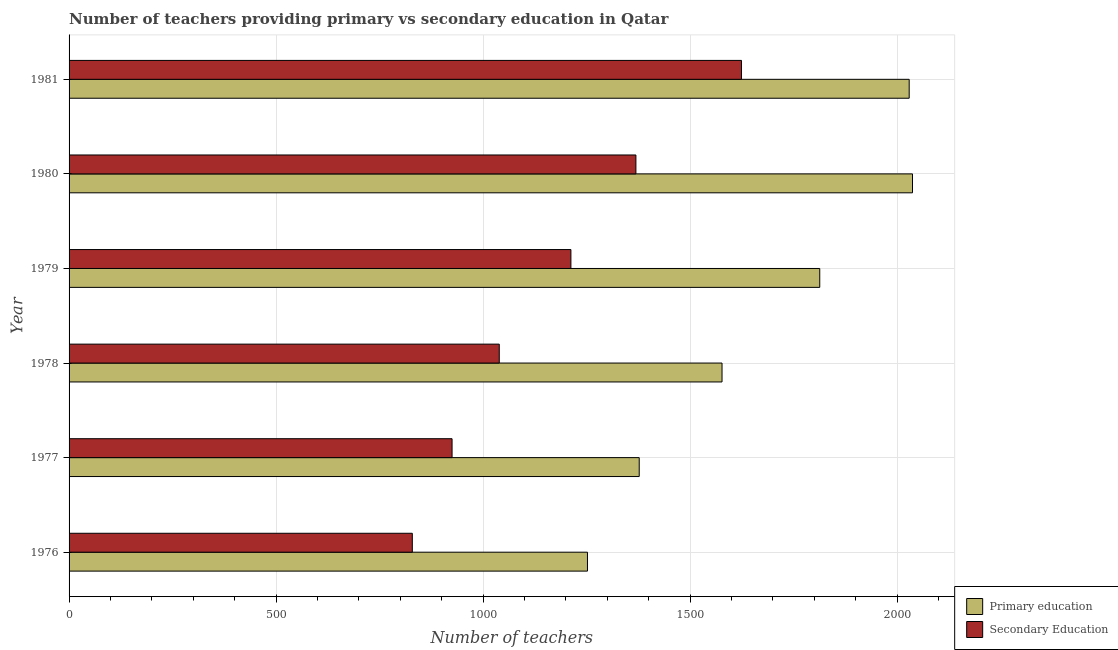
| Year | Primary education | Secondary Education |
 | --- | --- | --- |
 | 1976 | 1.25e+03 | 829 |
 | 1977 | 1.38e+03 | 925 |
 | 1978 | 1.58e+03 | 1.04e+03 |
 | 1979 | 1.81e+03 | 1.21e+03 |
 | 1980 | 2.04e+03 | 1.37e+03 |
 | 1981 | 2.03e+03 | 1.62e+03 |